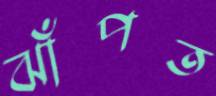
ঝাঁপত